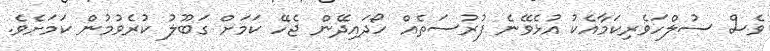
ވެސް ސުލްހަވެރިކަމާއެކު އުޅެވޭނެ ފުރުސަތެއް ހޯދައިދޭން ޖެހޭ ކަމަށް ގަބޫލު ކުރެވުމުން ކަމަށެވެ.